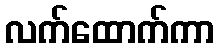
လက်ထောက်ကာ